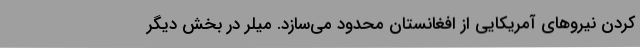
کردن نیروهای آمریکایی از افغانستان محدود می‌سازد. میلر در بخش دیگر